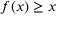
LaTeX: f ( x ) \geq x